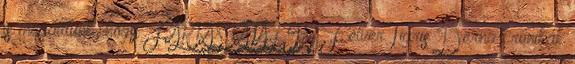
is megálltunk, hogy FARKAS KATALIN Félvér Tigris Derna krónikák